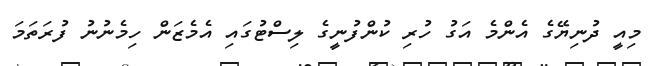
މިއީ ދުނިޔޭގެ އެންމެ އަގު ހުރި ކުންފުނީގެ ލިސްޓުގައި އެމެޒަން ހިމެނުނު ފުރަތަމަ